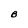
Character: B